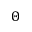
\Theta